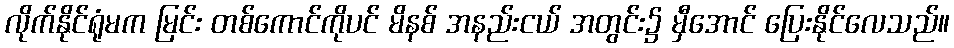
လိုက်နိုင်ရုံမက မြင်း တစ်ကောင်ကိုပင် မိနစ် အနည်းငယ် အတွင်း၌ မှီအောင် ပြေးနိုင်လေသည်။